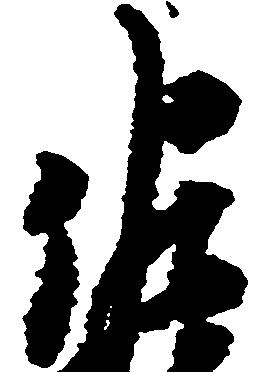
佐